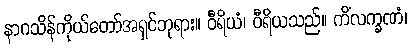
နာဂသိန်ကိုယ်တော်အရှင်ဘုရား။ ဝီရိယံ၊ ဝီရိယသည်။ ကိံလက္ခဏံ၊